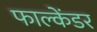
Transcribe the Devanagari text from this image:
फाल्केंडर